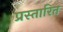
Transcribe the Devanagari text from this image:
प्रस्तारित